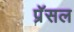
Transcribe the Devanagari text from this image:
प्रॅसल